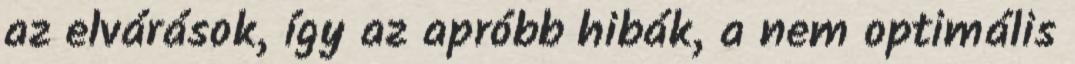
az elvárások, így az apróbb hibák, a nem optimális